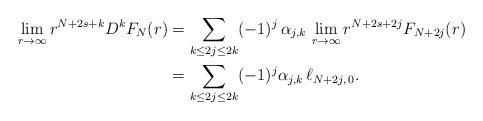
LaTeX: \begin{align*}\lim_{r\to\infty}r^{N+2s+k}D^k F_N(r) &= \sum_{k \le 2j \le 2k} (-1)^j \,\alpha_{j,k}\,\lim_{r\to\infty}r^{N+2s+2j}F_{N+2j}(r) \\&= \sum_{k \le 2j \le 2k} (-1)^j \alpha_{j,k} \, \ell_{N+2j, \, 0}.\end{align*}